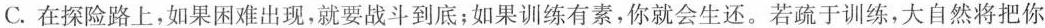
C.在探险路上，如果困难出现，就要战斗到底；如果训练有素，你就会生还。若疏于训练，大自然将把你